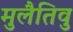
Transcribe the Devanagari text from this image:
मुलैतिवु